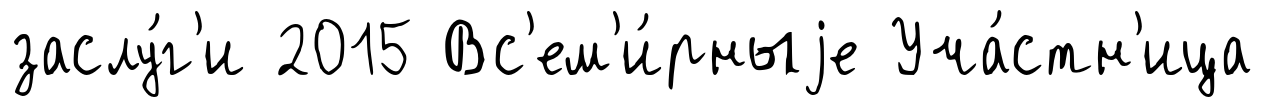
заслу́г'и 2015 Вс'ем'и́рныjе Уча́стн'ица